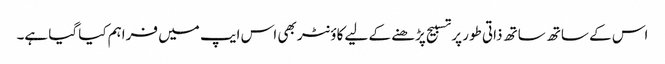
اس کے ساتھ ساتھ ذاتی طور پر تسبیح پڑھنے کے لیے کاؤنٹر بھی اس ایپ میں فراہم کیا گیا ہے۔